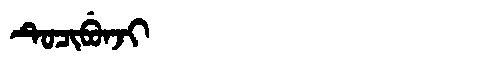
Manchu: ᡨᡠᠴᡳᠪᡠᠨᠵᡳ
Romanization: TUCIBUNJI